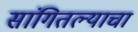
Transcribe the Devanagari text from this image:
सांगितल्याचा